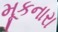
મૂકનારા